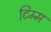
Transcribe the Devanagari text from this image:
टिम्म